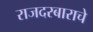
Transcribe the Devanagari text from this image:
राजदरबाराचे